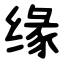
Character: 缘